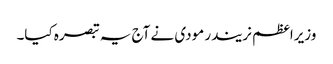
وزیراعظم نریندر مودی نے آج یہ تبصرہ کیا۔